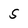
Character: 5